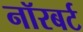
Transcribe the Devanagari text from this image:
नॉरबर्ट